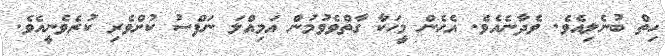
ހިތް ބުނެލިއެވެ. ވެދާނެއެވެ. އެހެން މީހަކާ ގާތްވެވުމުން އަމިއްލަ ނަފްސު ކުށްވެރި ކުރެވެނީއެވެ.